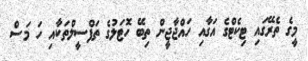
މީގެ ތެރޭގައި ޓިކެޓްގެ އަގާއި ހައްޖާޖީން ތިބޭ ހޮޓަލުގެ ތަފްސީލްތަކާއި ހަ މަސް